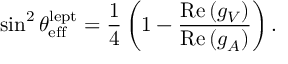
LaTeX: \sin ^ { 2 } \theta _ { \mathrm { e f f } } ^ { \mathrm { l e p t } } = \frac { 1 } { 4 } \left( 1 - \frac { \mathrm { R e } \, ( g _ { V } ) } { \mathrm { R e } \, ( g _ { A } ) } \right) .